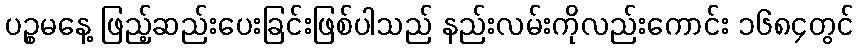
ပဉ္စမနေ့ ဖြည့်ဆည်းပေးခြင်းဖြစ်ပါသည် နည်းလမ်းကိုလည်းကောင်း ၁၆၈၄တွင်